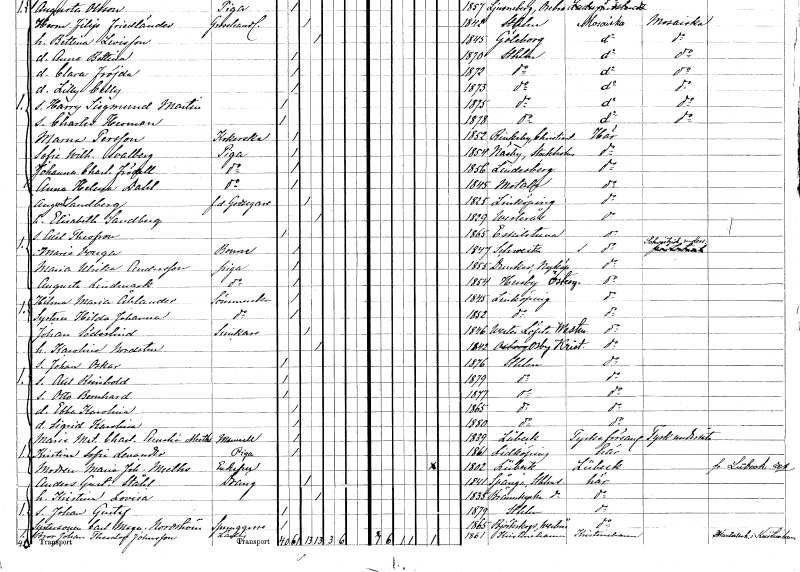
gt_parse: households: individuals: FN: August
EN: Sandberg
YRKE: Godsägare f.d.
KON: M
CIV: G
FODAR: 1825
FODFORS: Linköping Östergötlands län
FN: Elisabeth
EN: Sandberg
KON: K
CIV: G
FODAR: 1829
FODFORS: Västerås Västmanlands län
FN: Axel Theofron
KON: M
CIV: O
FODAR: 1865
FODFORS: Eskilstuna Södermanlands län
FN: Maria
EN: Vouga
YRKE: Boune
KON: K
CIV: O
FODAR: 1847
FN: Maria Ulrika
EN: Andersson
YRKE: Piga
KON: K
CIV: O
FODAR: 1855
FODFORS: Dunker Södermanlands län
FN: Augusta
EN: Lindmark
YRKE: Piga
KON: K
CIV: O
FODAR: 1854
FODFORS: Husby Östergötlands län
FN: Hilma Maria
EN: Åhlander
YRKE: Sömmerska
KON: K
CIV: O
FODAR: 1845
FODFORS: Linköping Östergötlands län
FN: Hilda Johanna
YRKE: Sömmerska
KON: K
CIV: O
FODAR: 1852
FODFORS: Linköping Östergötlands län
FN: Johan
EN: Söderlind
YRKE: Snickare
KON: M
CIV: G
FODAR: 1846
FODFORS: Västerlövsta Västmanlands län
FN: Karolina
EN: Nordsten
KON: K
CIV: G
FODAR: 1842
FODFORS: Osby Kristianstads län
FN: Johan Oskar
KON: M
CIV: O
FODAR: 1876
FODFORS: Stockholm
FN: Axel Reinhold
KON: M
CIV: O
FODAR: 1879
FODFORS: Stockholm
FN: Otto Bernhard
KON: M
CIV: O
FODAR: 1877
FODFORS: Stockholm
FN: Ebba Karolina
KON: K
CIV: O
FODAR: 1865
FODFORS: Stockholm
FN: Sigrid Karolina
KON: K
CIV: O
FODAR: 1880
FODFORS: Stockholm
FN: Maria Mathilda Charlotta Amalia
EN: Meeths
KON: K
CIV: O
FODAR: 1839
FN: Kristina Sofia
EN: Levader
YRKE: Piga
KON: K
CIV: O
FODAR: 1861
FODFORS: Lidköping Skaraborgs län
FN: Maria Johanna
EN: Meeths
KON: K
CIV: E
FODAR: 1802
FN: Anders Gustaf
EN: Ståhl
YRKE: Dräng
KON: M
CIV: G
FODAR: 1841
FODFORS: Spånga Stockholms län
FN: Kristina Lovisa
KON: K
CIV: G
FODAR: 1835
FODFORS: Brännkyrka Stockholms län
FN: Johan Gustaf
KON: M
CIV: O
FODAR: 1879
FODFORS: Stockholm
FN: Carl Magnus
EN: Nordström
YRKE: Springgosse
KON: M
CIV: O
FODAR: 1865
FODFORS: Björskog Västmanlands län
FN: Bror Johan Theodor
EN: Johansson
YRKE: Lärling
KON: M
CIV: O
FODAR: 1861
FODFORS: Kristinehamn Värmlands län